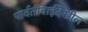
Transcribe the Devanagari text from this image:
पार्वतीबाईदेखील